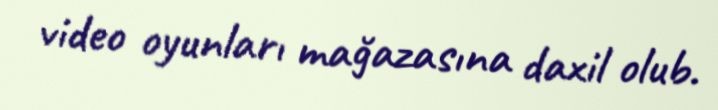
video oyunları mağazasına daxil olub.